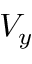
V _ { y }